Civil Veterinary Dept. Bombay admin report 1923-31 - 1923-1931
Year: 1923
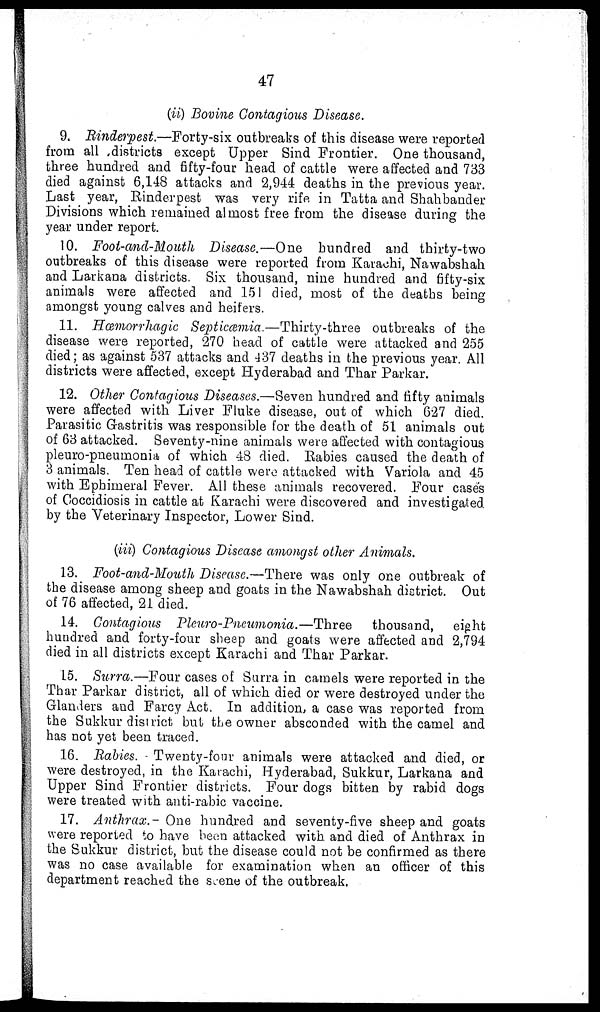
47
(ii) Bovine Contagious Disease.
9. Rinderpest.—Forty-six outbreaks of this disease were reported
from all districts except Upper Sind Frontier. One thousand,
three hundred and fifty-four head of cattle were affected and 733
died against 6,148 attacks and 2,944 deaths in the previous year.
Last year, Rinderpest was very rife in Tatta and Shahbander
Divisions which remained almost free from the disease during the
year under report.
10. Foot-and-Mouth Disease.—One hundred and thirty-two
outbreaks of this disease were reported from Karachi, Nawabshah
and Larkana districts. Six thousand, nine hundred and fifty-six
animals were affected and 151 died, most of the deaths being
amongst young calves and heifers.
11. Hæmorrhagic Septicæmia.—Thirty-three
outbreaks of the
disease were reported, 270 head of cattle were attacked and 255
died; as against 537 attacks and 437 deaths in the previous year. All
districts were affected, except Hyderabad and Thar Parkar.
12. Other Contagious Diseases.—Seven hundred and fifty animals
were affected with Liver Fluke disease, out of which 627 died.
Parasitic Gastritis was responsible for the death of 51 animals out
of 63 attacked. Seventy-nine animals were affected with contagious
pleuro-pneumonia of which 48 died. Rabies caused the death of
3 animals. Ten head of cattle were attacked with Variola and 45
with Ephimeral Fever. All these animals recovered. Four cases
of Coccidiosis in cattle at Karachi were discovered and investigated
by the Veterinary Inspector, Lower Sind.
(iii) Contagious Disease amongst other Animals.
13. Foot-and-Mouth Disease.—There was only one outbreak of
the disease among sheep and goats in the Nawabshah district. Out
of 76 affected, 21 died.
14. Contagious Pleuro-Pneumonia.—Three
thousand, eight
hundred and forty-four sheep and goats were affected and 2,794
died in all districts except Karachi and Thar Parkar.
15. Surra.—Four cases of Surra in camels were reported in the
Thar Parkar district, all of which died or were destroyed under the
Glanders and Farcy Act. In addition, a case was reported from
the Sukkur district but the owner absconded with the camel and
has not yet been traced.
16. Babies. Twenty-four animals were attacked and died, or
were destroyed, in the Karachi, Hyderabad, Sukkur, Larkana and
Upper Sind Frontier districts. Four dogs bitten by rabid dogs
were treated with anti-rabic vaccine.
17. Anthrax.- One hundred and seventy-five sheep and goats
were reported to have been attacked with and died of Anthrax in
the Sukkur district, but the disease could not be confirmed as there
was no case available for examination when an officer of this
department reached the scene of the outbreak,